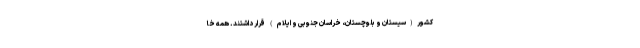
کشور(سیستان و بلوچستان، خراسان جنوبی و ایلام) قرار داشتند. همه خا